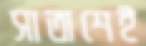
সাতাশেই